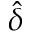
\hat { \delta }